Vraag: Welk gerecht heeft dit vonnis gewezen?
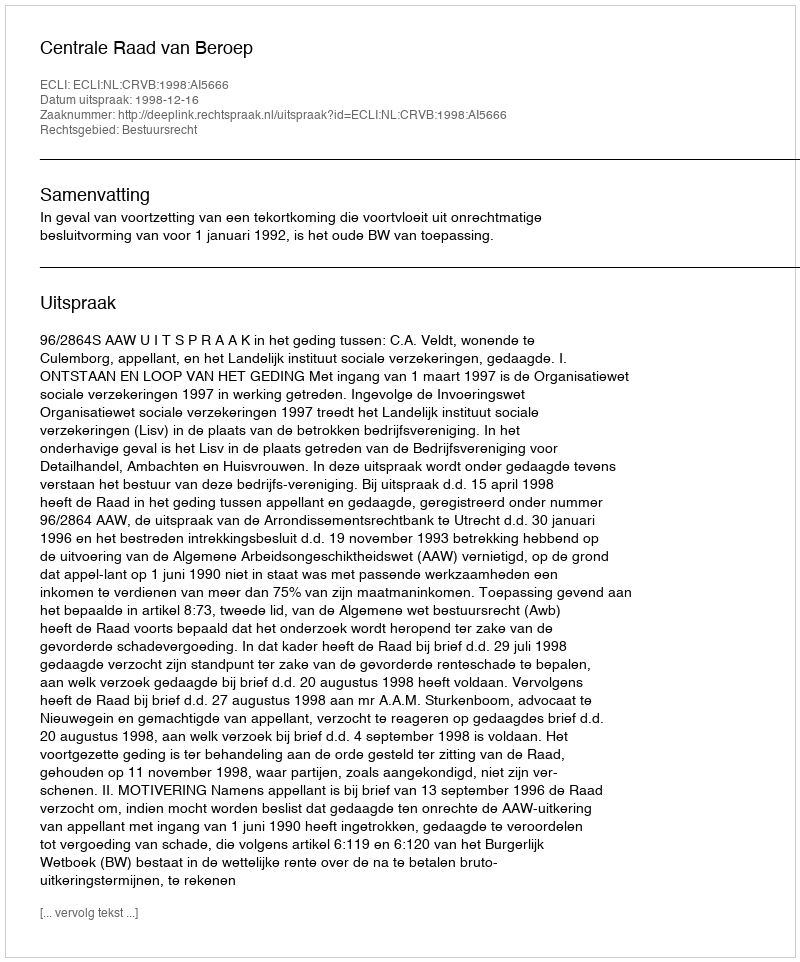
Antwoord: Centrale Raad van Beroep